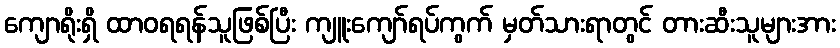
ကျောရိုးရှိ ထာဝရရန်သူဖြစ်ပြီး ကျူးကျော်ရပ်ကွက် မှတ်သားရာတွင် တားဆီးသူများအား